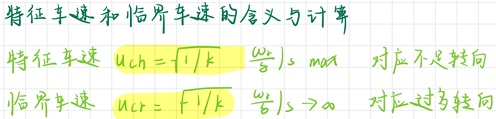
特征车速和临界车速的含义与计算
特征车速 $u_{ch}=\sqrt{1/k}\left(\frac{\omega_{r}}{\delta}\right)_{s\rightarrow\max}$ 对应不足转向
临界车速 $u_{cr}=\sqrt{1/k}\left(\frac{\omega_{r}}{\delta}\right)_{s\rightarrow\infty}$ 对应过多转向